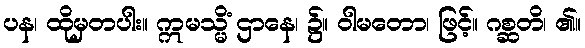
ပန၊ ထိုမှတပါး။ ဣမသ္မိံ ဌာနေ၊ ၌။ ဝါမတော၊ ဖြင့်။ ဂစ္ဆတိ၊ ၏။